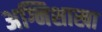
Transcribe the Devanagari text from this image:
अग्निशाखा